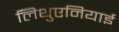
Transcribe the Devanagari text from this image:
लिथुएनियाई